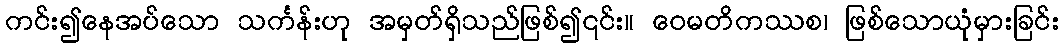
ကင်း၍နေအပ်သော သင်္ကန်းဟု အမှတ်ရှိသည်ဖြစ်၍၎င်း။ ဝေမတိကဿစ၊ ဖြစ်သောယုံမှားခြင်း